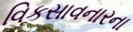
વિકસાવનારના